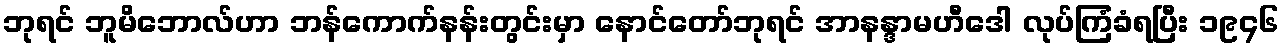
ဘုရင် ဘူမိဘောလ်ဟာ ဘန်ကောက်နန်းတွင်းမှာ နောင်တော်ဘုရင် အာနန္ဒာမဟီဒေါ လုပ်ကြံခံရပြီး ၁၉၄၆